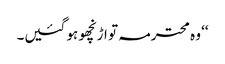
‘‘ وہ محترمہ تو اڑنچھو ہو گئیں۔